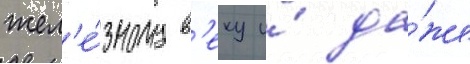
жел'е́зному в'еку и́ да́же